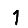
Digit: 1